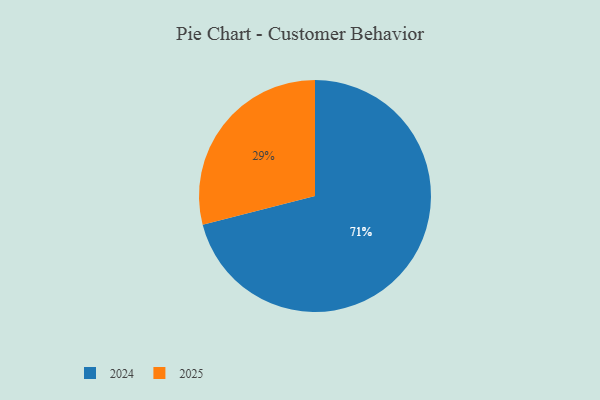
{"axis": {"x": "Category", "y": "Percentage"}, "legend": ["2024", "2025"], "data": [{"x": "2025", "y": 29, "type": "2025"}, {"x": "2024", "y": 71, "type": "2024"}]}